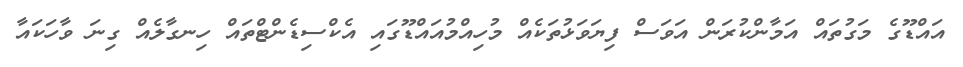
އައްޑޫގެ މަގުތައް އަމާންކުރަން އަވަސް ފިޔަވަޅުތަކެއް މުހިއްމުއައްޑޫގައި އެކްސިޑެންޓްތައް ހިނގާލެއް ގިނަ ވާހަކައާ